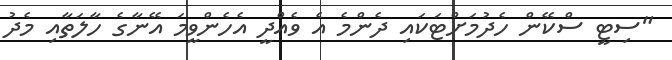
"ސިޓީ ސްކޭން ހެދުމަށްޓަކައި ދެންމެ އެ ވެއްދީ އެހެންވީމަ އޭނާގެ ހާލަތާއި މެދު